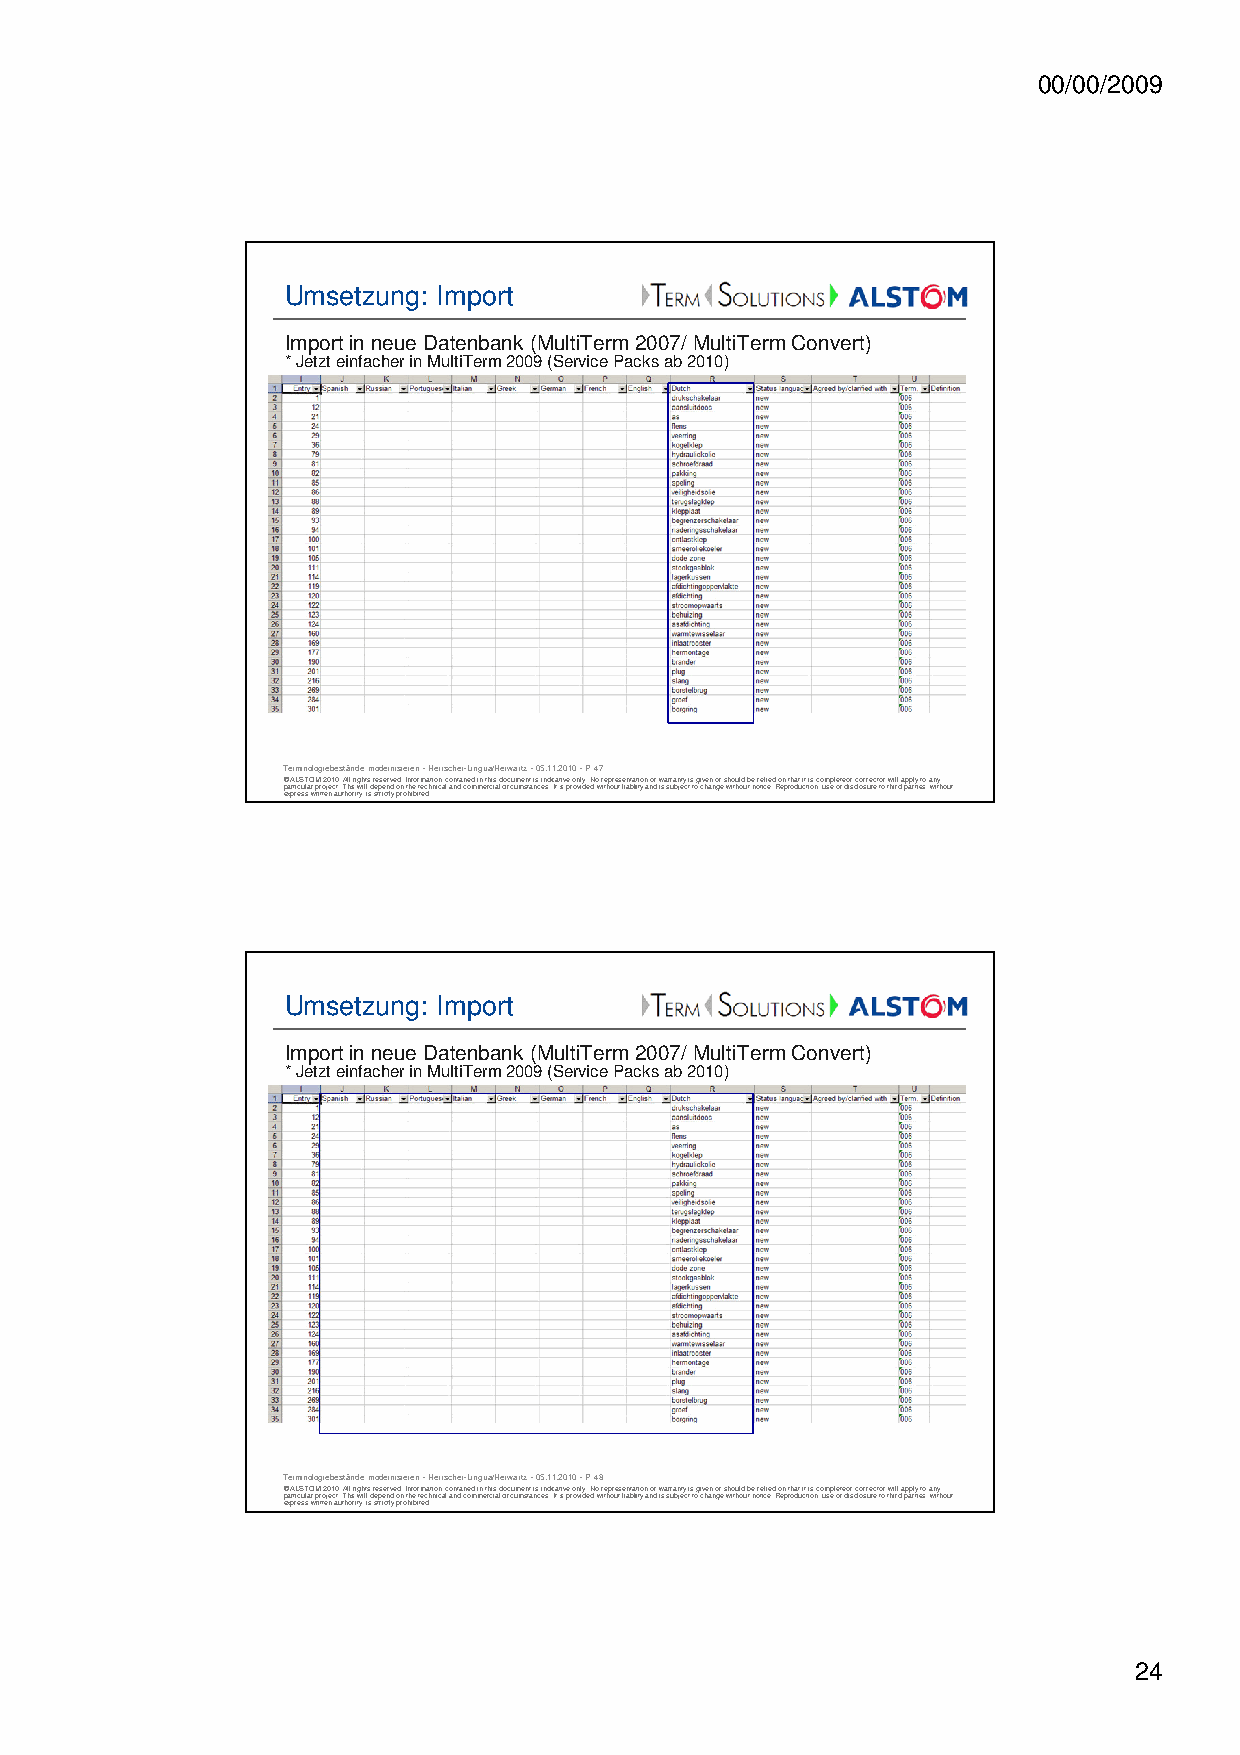
00/00/2009
 Umsetzung: Import
 Import in neue Datenbank (MultiTerm 2007/ MultiTerm Convert)
 * Jetzt einfacher in MultiTerm 2009 (Service Packs ab 2010)
 Terminologiebestände modernisieren -Herrscher-Lingua/Herwartz -05.11.2010 -P 47
 © ALSTOM 2010. All rights reserved. Information contained in this document is indicative only. No representation or warranty is given or should be relied on that it is complete or correct or will apply to any
 particular project. This will depend on the technical and commercial circumstances. It is provided without liability and is subject to change without notice. Reproduction, use or disclosure to third parties, without
 express written authority, is strictly prohibited.
 Umsetzung: Import
 Import in neue Datenbank (MultiTerm 2007/ MultiTerm Convert)
 * Jetzt einfacher in MultiTerm 2009 (Service Packs ab 2010)
 Terminologiebestände modernisieren -Herrscher-Lingua/Herwartz -05.11.2010 -P 48
 © ALSTOM 2010. All rights reserved. Information contained in this document is indicative only. No representation or warranty is given or should be relied on that it is complete or correct or will apply to any
 particular project. This will depend on the technical and commercial circumstances. It is provided without liability and is subject to change without notice. Reproduction, use or disclosure to third parties, without
 express written authority, is strictly prohibited.
 24